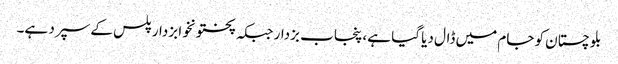
بلوچستان کو جام میں ڈال دیا گیا ہے، پنجاب بزدار جبکہ پختونخوا بزدار پلس کے سپرد ہے۔